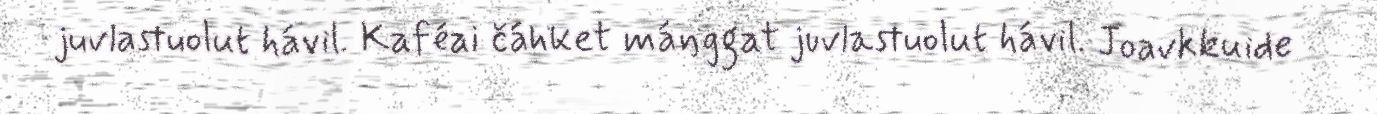
juvlastuolut hávil. Kaféai čáhket máŋggat juvlastuolut hávil. Joavkkuide